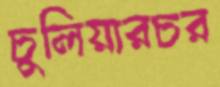
চুলিয়ারচর